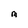
Character: M